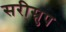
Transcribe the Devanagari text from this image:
सरीस्रुप